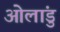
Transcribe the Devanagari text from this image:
ओलांडु